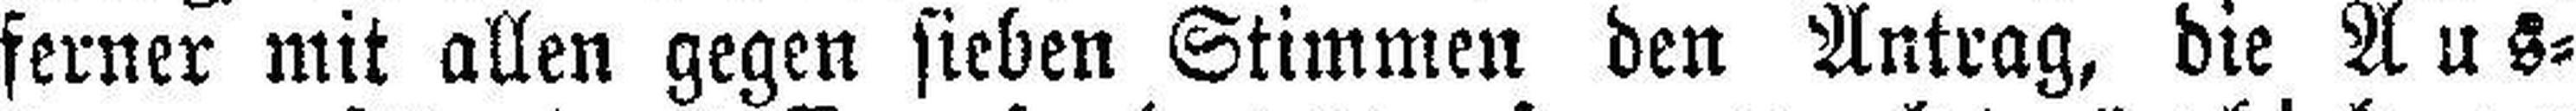
ferner mit allen gegen sieben Stimmen den Antrag, die Aus¬